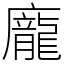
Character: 龐